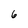
Character: 6